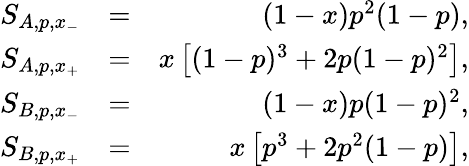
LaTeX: \begin{array}{rlr}{S_{A,p,x_{-}}}&{=}&{(1-x)p^{2}(1-p),}\\ {S_{A,p,x_{+}}}&{=}&{x\left[(1-p)^{3}+2p(1-p)^{2}\right],}\\ {S_{B,p,x_{-}}}&{=}&{(1-x)p(1-p)^{2},}\\ {S_{B,p,x_{+}}}&{=}&{x\left[p^{3}+2p^{2}(1-p)\right],}\end{array}